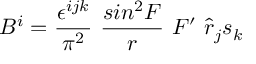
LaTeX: B ^ { i } = \frac { \epsilon ^ { i j k } } { \pi ^ { 2 } } ~ \frac { s i n ^ { 2 } F } { r } ~ F ^ { \prime } ~ { \hat { r } } _ { j } s _ { k }